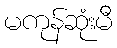
မကုန်ဆုံးမီ